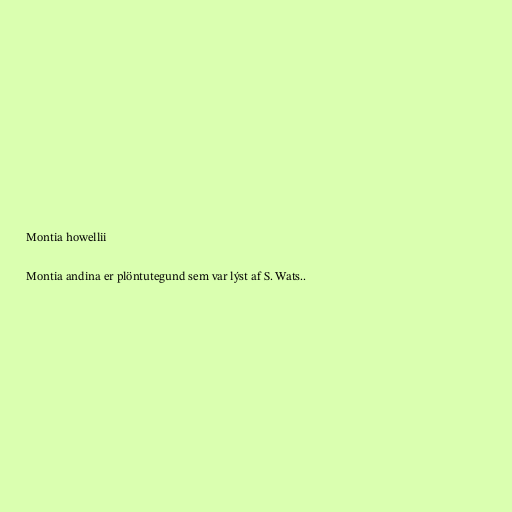
Montia howellii

Montia andina er plöntutegund sem var lýst af S. Wats..